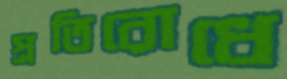
প্রতিরোধে